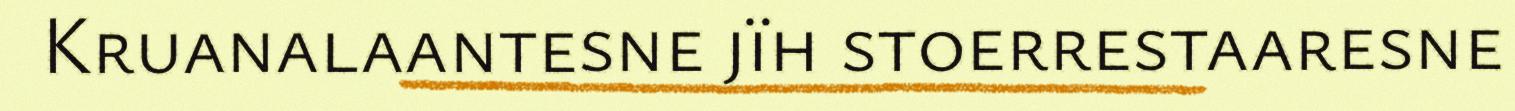
Kruanalaantesne jïh stoerrestaaresne